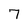
Character: 7